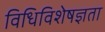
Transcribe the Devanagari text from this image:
विधिविशेषज्ञता